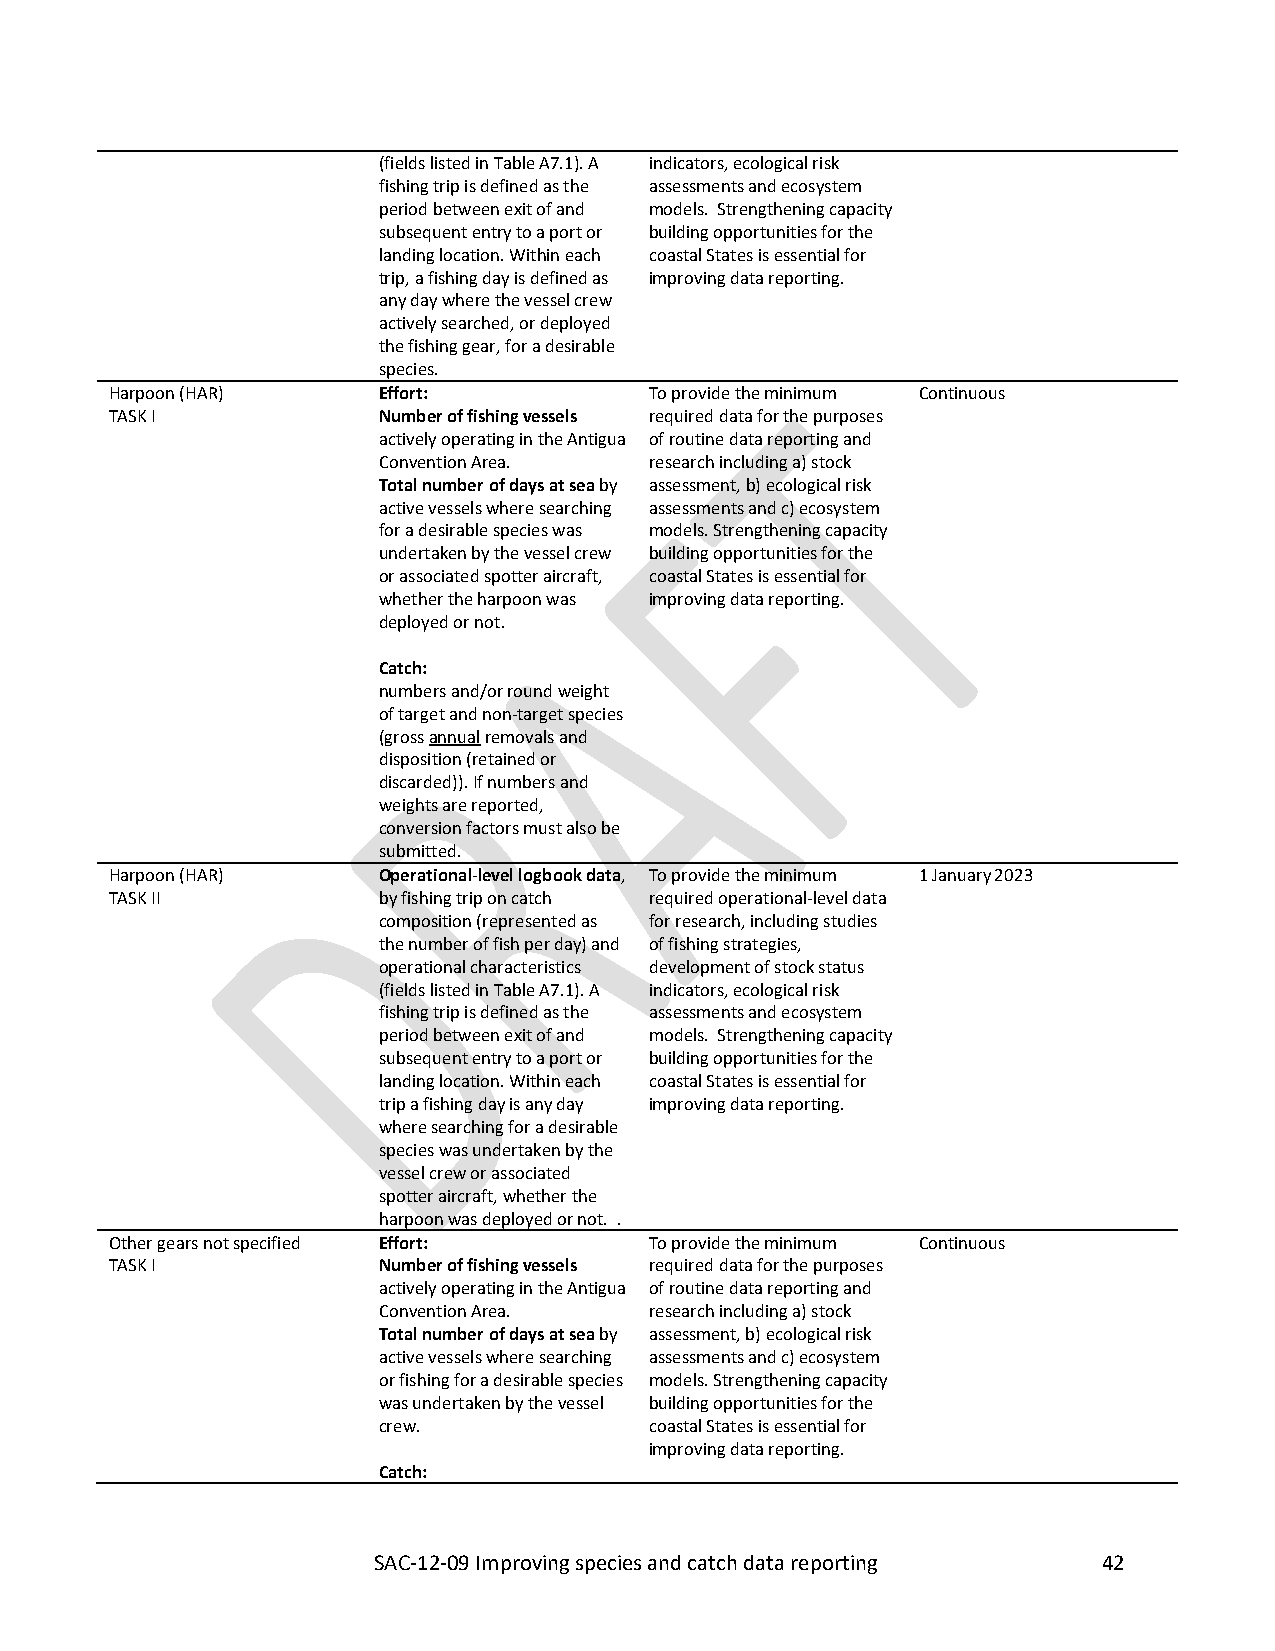
SAC-12-09_Improving species and catch data reporting C-03-05
 (fields listed in Table A7.1). A indicators, ecological risk
 fishing trip is defined as the assessments and ecosystem
 period between exit of and models. Strengthening capacity
 subsequent entry to a port or building opportunities for the
 landing location. Within each coastal States is essential for
 trip, a fishing day is defined as improving data reporting.
 any day where the vessel crew
 actively searched, or deployed
 the fishing gear, for a desirable
 species.
 Harpoon (HAR)     Effort:           To provide the minimum Continuous
 TASK I            Number of fishing vessels required data for the purposes
 actively operating in the Antigua of routine data reporting and
 Convention Area.  research including a) stock
 Total number of days at sea by assessment, b) ecological risk
 active vessels where searching assessments and c) ecosystem
 for a desirable species was models. Strengthening capacity
 undertaken by the vessel crew building opportunities for the
 or associated spotter aircraft, coastal States is essential for
 whether the harpoon was improving data reporting.
 deployed or not.
 Catch:
 numbers and/or round weight
 of target and non-target species
 (gross annual removals and
 disposition (retained or
 discarded)). If numbers and
 weights are reported,
 conversion factors must also be
 submitted.
 Harpoon (HAR)     Operational-level logbook data, To provide the minimum 1 January 2023
 TASK II           by fishing trip on catch required operational-level data
 composition (represented as for research, including studies
 the number of fish per day) and of fishing strategies,
 operational characteristics development of stock status
 (fields listed in Table A7.1). A indicators, ecological risk
 fishing trip is defined as the assessments and ecosystem
 period between exit of and models. Strengthening capacity
 subsequent entry to a port or building opportunities for the
 landing location. Within each coastal States is essential for
 trip a fishing day is any day improving data reporting.
 where searching for a desirable
 species was undertaken by the
 vessel crew or associated
 spotter aircraft, whether the
 harpoon was deployed or not. .
 Other gears not specified Effort:   To provide the minimum Continuous
 TASK I            Number of fishing vessels required data for the purposes
 actively operating in the Antigua of routine data reporting and
 Convention Area.  research including a) stock
 Total number of days at sea by assessment, b) ecological risk
 active vessels where searching assessments and c) ecosystem
 or fishing for a desirable species models. Strengthening capacity
 was undertaken by the vessel building opportunities for the
 crew.             coastal States is essential for
 improving data reporting.
 Catch:
 SAC-12-09 Improving species and catch data reporting 42